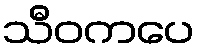
သီဝကပေ